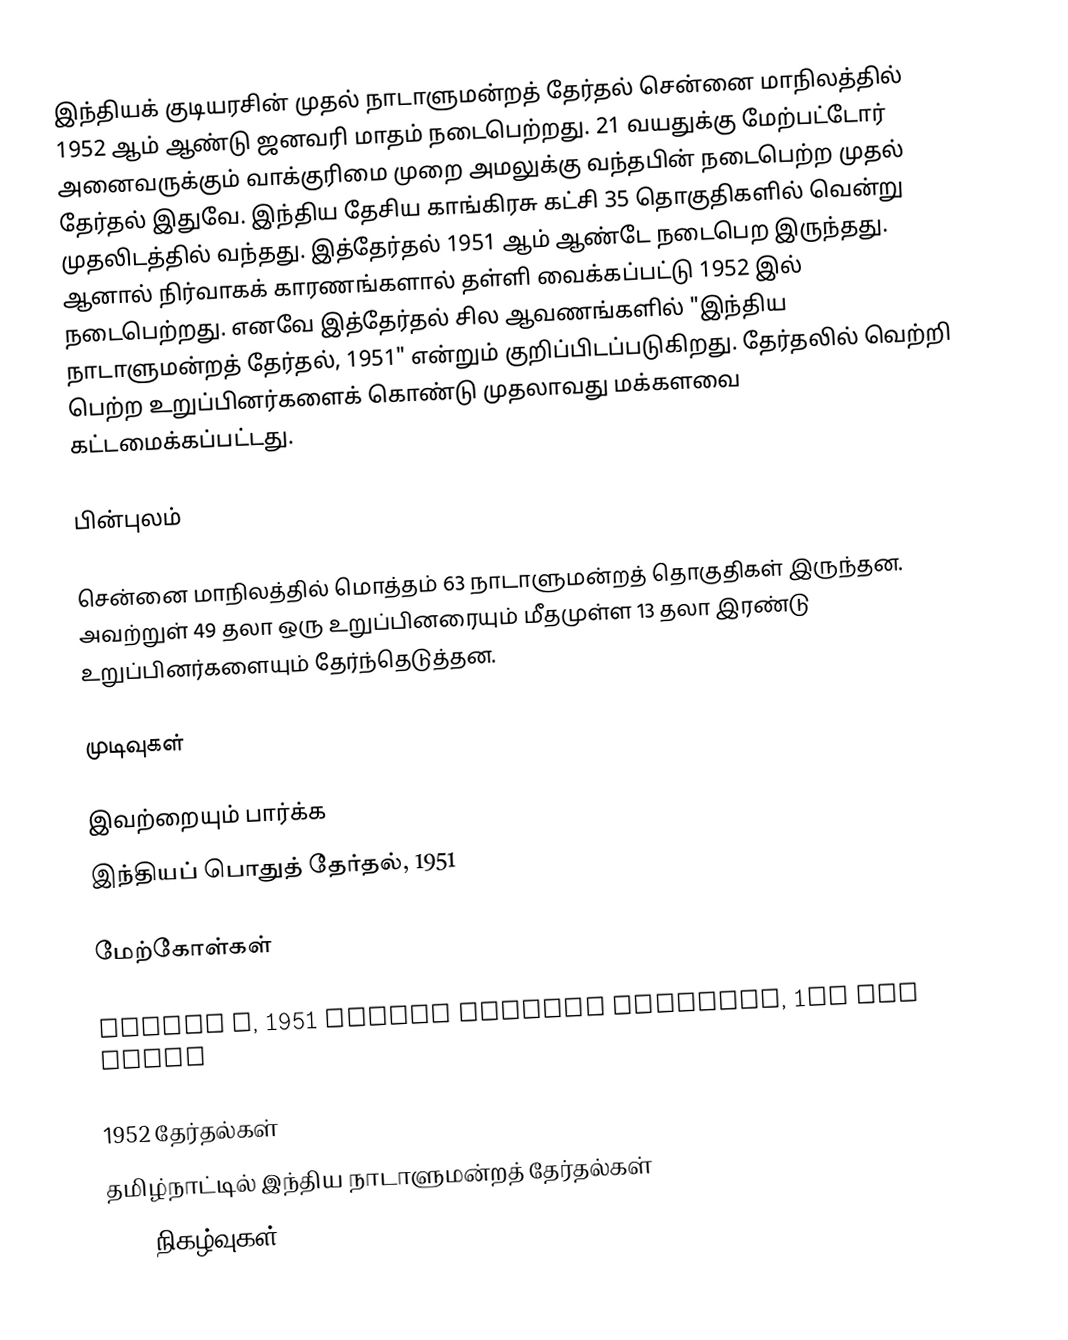
இந்தியக் குடியரசின் முதல் நாடாளுமன்றத் தேர்தல் சென்னை மாநிலத்தில் 1952 ஆம் ஆண்டு ஜனவரி மாதம் நடைபெற்றது. 21 வயதுக்கு மேற்பட்டோர் அனைவருக்கும் வாக்குரிமை முறை அமலுக்கு வந்தபின் நடைபெற்ற முதல் தேர்தல் இதுவே. இந்திய தேசிய காங்கிரசு கட்சி 35 தொகுதிகளில் வென்று முதலிடத்தில் வந்தது. இத்தேர்தல் 1951 ஆம் ஆண்டே நடைபெற இருந்தது. ஆனால் நிர்வாகக் காரணங்களால் தள்ளி வைக்கப்பட்டு 1952 இல் நடைபெற்றது. எனவே இத்தேர்தல் சில ஆவணங்களில் "இந்திய நாடாளுமன்றத் தேர்தல், 1951" என்றும் குறிப்பிடப்படுகிறது. தேர்தலில் வெற்றி பெற்ற உறுப்பினர்களைக் கொண்டு முதலாவது மக்களவை கட்டமைக்கப்பட்டது.

பின்புலம்

சென்னை மாநிலத்தில் மொத்தம் 63 நாடாளுமன்றத் தொகுதிகள் இருந்தன. அவற்றுள் 49 தலா ஒரு உறுப்பினரையும் மீதமுள்ள 13 தலா இரண்டு உறுப்பினர்களையும் தேர்ந்தெடுத்தன.

முடிவுகள்

இவற்றையும் பார்க்க
இந்தியப் பொதுத் தேர்தல், 1951

மேற்கோள்கள்

Volume I, 1951 Indian general election, 1st Lok Sabha

1952 தேர்தல்கள்
தமிழ்நாட்டில் இந்திய நாடாளுமன்றத் தேர்தல்கள்
1952 நிகழ்வுகள்